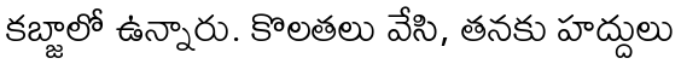
కబ్జాలో ఉన్నారు. కొలతలు వేసి, తనకు హద్దులు